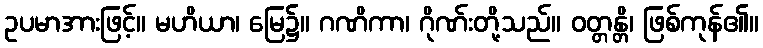
ဥပမာအားဖြင့်။ မဟိယာ၊ မြေ၌။ ဂဏိကာ၊ ဂိုဏ်းတို့သည်။ ဝတ္တန္တိ၊ ဖြစ်ကုန်၏။